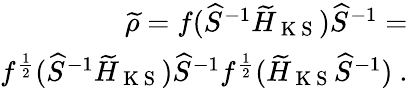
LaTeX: \begin{array}{r}{\widetilde\rho=f(\widehat{S}^{-1}\widetilde{H}_{\mathrm{~K~S~}})\widehat{S}^{-1}=}\\ {f^{\frac{1}{2}}(\widehat{S}^{-1}\widetilde{H}_{\mathrm{~K~S~}})\widehat{S}^{-1}f^{\frac{1}{2}}(\widetilde{H}_{\mathrm{~K~S~}}\widehat{S}^{-1})~.}\end{array}